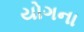
યોગના